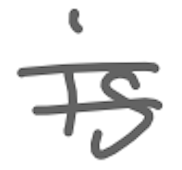
Text: is
Cross-out: double-line
Writing tool: digital_gray